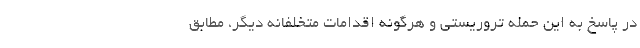
در پاسخ به این حمله تروریستی و هرگونه اقدامات متخلفانه دیگر، مطابق